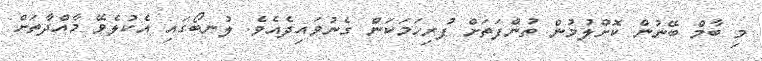
މި ބާމް ބޭނުން ކޮށްލުމުން ތުންފަތަށް ފުރިހަމަކަން ގެނުވައިދެއެވެ. ލުނބޯގައި އެކުލެވޭ މާއްދާތަށް